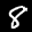
Label: 8